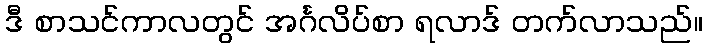
ဒီ စာသင်ကာလတွင် အင်္ဂလိပ်စာ ရလာဒ် တက်လာသည်။